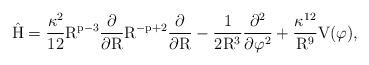
LaTeX: \begin{align*}\rm \hat H =\frac{\kappa^2}{12} R^{p-3} \frac{\partial}{\partial R} R^{-p+2} \frac{\partial}{\partial R} - \frac{1}{2R^3} \frac{\partial^2}{\partial \varphi^2} +\frac{\kappa^{12}}{R^9} V(\varphi),\end{align*}